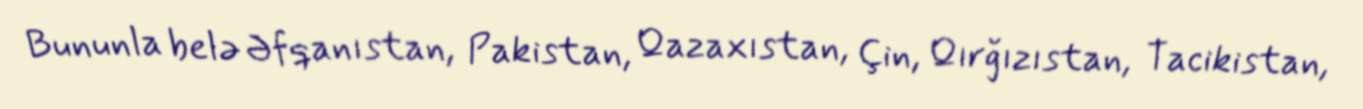
Bununla belə Əfqanıstan, Pakistan, Qazaxıstan, Çin, Qırğızıstan, Tacikistan,